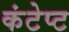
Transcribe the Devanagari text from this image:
कंटेप्ट